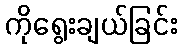
ကိုရွေးချယ်ခြင်း